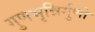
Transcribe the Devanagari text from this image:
गुणभृन्निर्गुणो